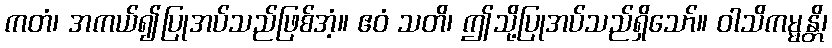
ကတံ၊ အကယ်၍ပြုအပ်သည်ဖြစ်အံ့။ ဧဝံ သတိ၊ ဤသို့ပြုအပ်သည်ရှိသော်။ ဝါသိကမ္မန္တိ၊